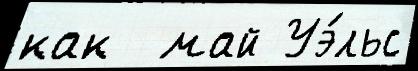
как  май Уэ́льс